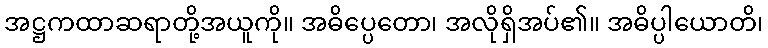
အဋ္ဌကထာဆရာတို့အယူကို။ အဓိပ္ပေတော၊ အလိုရှိအပ်၏။ အဓိပ္ပါယောတိ၊